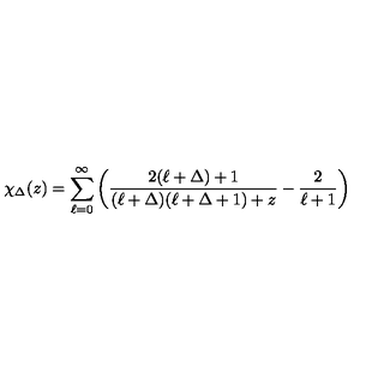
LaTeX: \chi _ { \Delta } ( z ) = \sum _ { \ell = 0 } ^ { \infty } \left( { \frac { 2 ( \ell + \Delta ) + 1 } { ( \ell + \Delta ) ( \ell + \Delta + 1 ) + z } } - { \frac { 2 } { \ell + 1 } } \right)